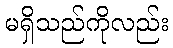
မရှိသည်ကိုလည်း